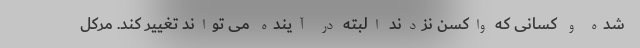
شده و کسانی که واکسن نزدند البته در آینده می تواند تغییر کند. مرکل